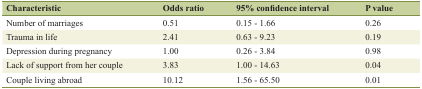
| Characteristic | Odds ratio | 95% confidence interval | P value |
 | --- | --- | --- | --- |
 | Number of marriages | 0.51 | 0.15 - 1.66 | 0.26 |
 | Trauma in life | 2.41 | 0.63 - 9.23 | 0.19 |
 | Depression during pregnancy | 1.00 | 0.26 - 3.84 | 0.98 |
 | Lack of support from her couple | 3.83 | 1.00 - 14.63 | 0.04 |
 | Couple living abroad | 10.12 | 1.56 - 65.50 | 0.01 |